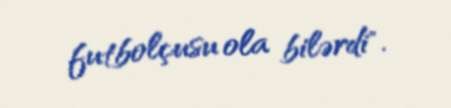
futbolçusu ola bilərdi".